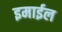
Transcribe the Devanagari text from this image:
इमाईल